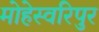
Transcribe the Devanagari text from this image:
मोहेस्वरिपुर